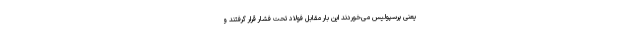
یعنی پرسپولیس می‌خوردند این بار مقابل فولاد تحت فشار قرار گرفتند و